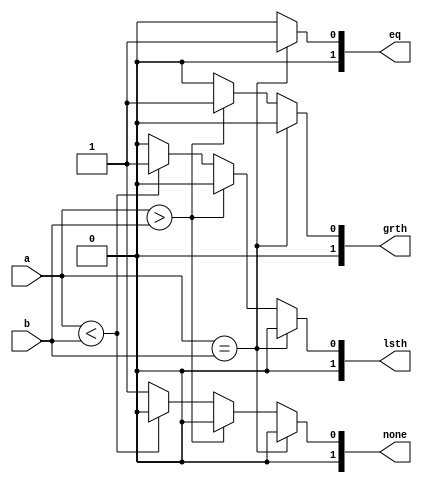
module Comparator(input [2:0]a,
		  input [2:0]b,
		  output reg [1:0] grth,lsth,eq,none);

	always@(a,b)
	begin
		grth=0;lsth=0;eq=0;none=0;	
		if (a==b)
			  eq=2'b01;
		else if (a>b)
			grth=2'b01;
		else if (a<b)
			lsth=2'b01;
		else
			none=2'b01;
	end
	
endmodule